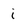
Character: i